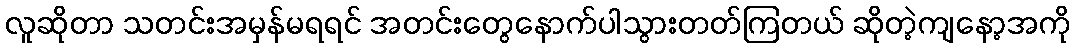
လူဆိုတာ သတင်းအမှန်မရရင် အတင်းတွေနောက်ပါသွားတတ်ကြတယ် ဆိုတဲ့ကျနော့အကို